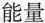
能量